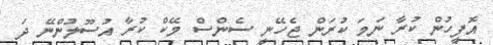
އޮފީހުން ކުރާ ނަމަ ކުރަން ޖެހޭނީ ސެންސް މޭކް ކުރާ އުސޫލުންނޭ ދަ